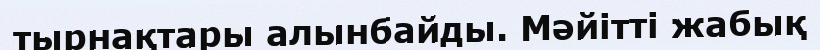
тырнақтары алынбайды. Мәйітті жабық